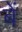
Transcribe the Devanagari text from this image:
बें